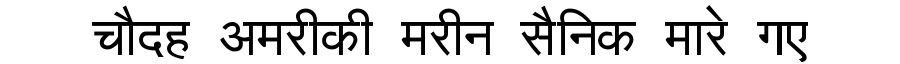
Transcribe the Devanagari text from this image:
चौदह अमरीकी मरीन सैनिक मारे गए